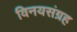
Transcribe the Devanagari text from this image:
विनयसंग्रह